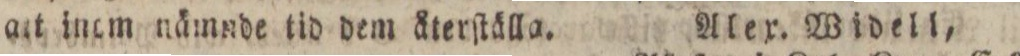
ait inom nämnde tid dem återſtälla.    Alex. Widell,